Code of medical and sanitary regulations for the guidance of medical officers serving in the Madras Presidency - Volume II
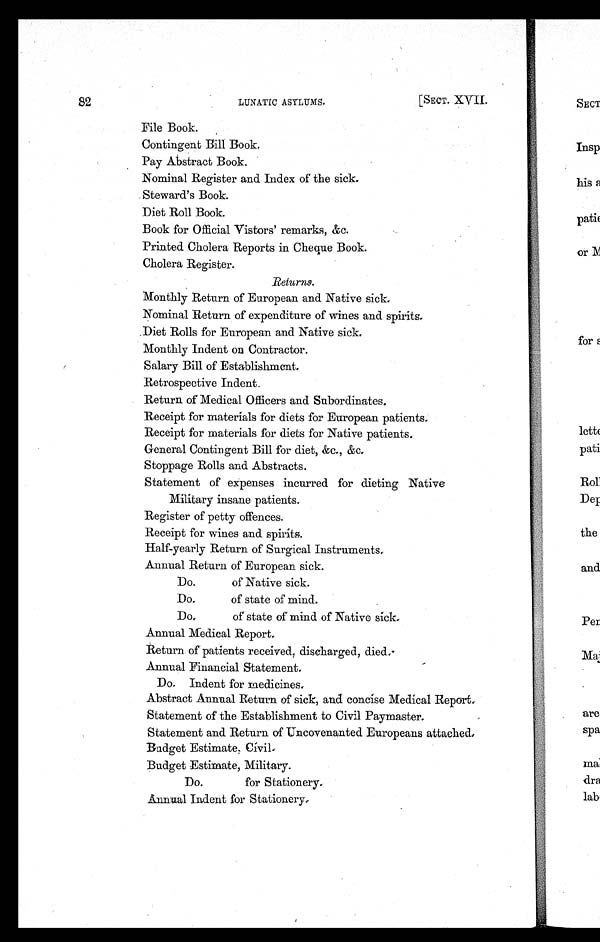
82
LUNATIC ASYLUMS.
[SECT. XVII.
File Book.
Contingent Bill Book.
Pay Abstract Book.
Nominal Register and Index of the sick.
Steward's Book.
Diet Roll Book.
Book for Official Vistors' remarks, &amp;c.
Printed Cholera Reports in Cheque Book.
Cholera Register.
Returns.
Monthly Return of European and Native sick.
Nominal Return of expenditure of wines and spirits
.
Diet Rolls for European and Native sick.
Monthly Indent on Contractor.
Salary Bill of Establishment.
Retrospective Indent.
Return of Medical Officers and Subordinates.
Receipt for materials for diets for European patients
.
Receipt for materials for diets for Native patients.
General Contingent Bill for diet, &amp;c., &amp;c.
Stoppage Rolls and Abstracts.
Statement of expenses incurred for dieting Native
Military insane patients.
Register of petty offences.
Receipt for wines and spirits.
Half-yearly Return of Surgical Instruments
.
Annual Return of European sick.
Do. of Native sick.
Do. of state of mind.
Do. of state of mind of Native sick.
Annual Medical Report.
Return of patients received, discharged, died
.
Annual Financial Statement.
Do. Indent for medicines.
Abstract Annual Return of sick, and concise Medical Report
.
Statement of the Establishment to Civil Paymaster.
Statement and Return of Uncovenanted Europeans attached
.
Budget Estimate, Civil.
Budget Estimate, Military.
Do. for Stationery.
Annual Indent for Stationery.